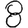
Digit: 8